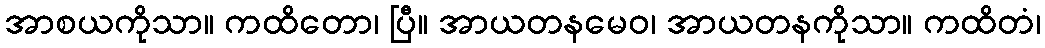
အာစယကိုသာ။ ကထိတော၊ ပြီ။ အာယတနမေဝ၊ အာယတနကိုသာ။ ကထိတံ၊